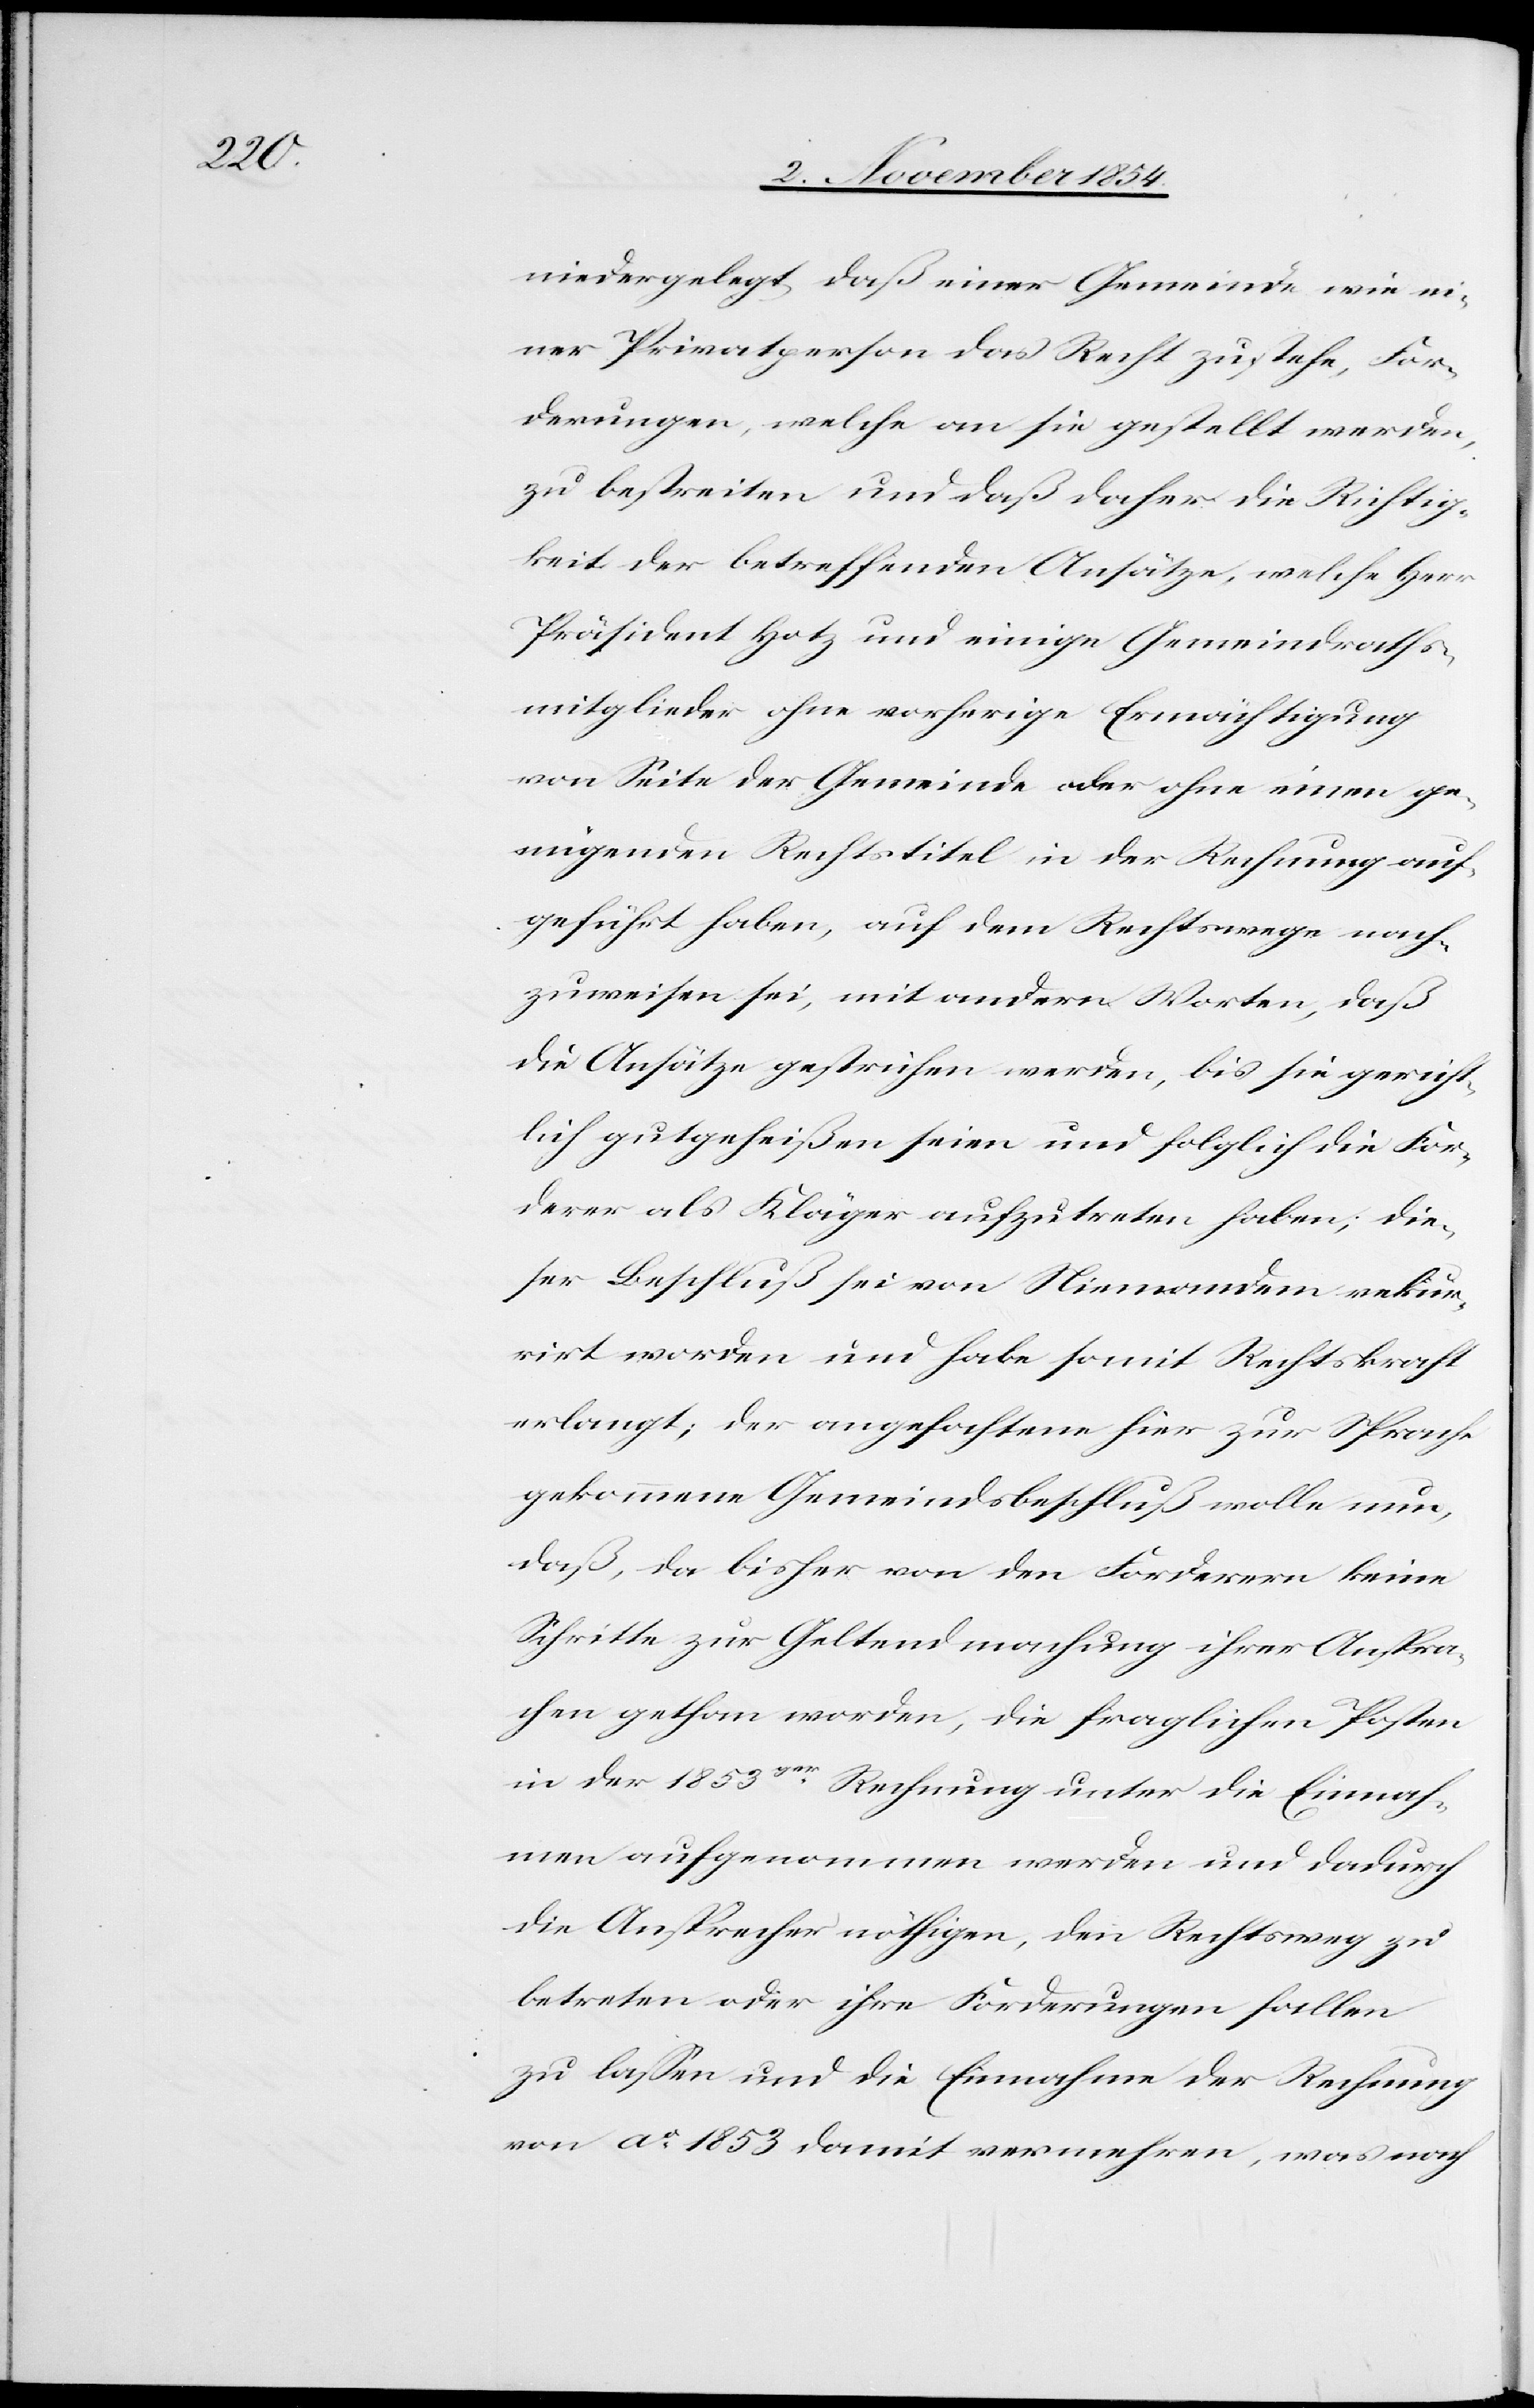
niedergelegt, daß einer Gemeinde wie ei¬
ner Privatperson das Recht zustehe, For¬
derungen, welche an sie gestellt werde,
zu bestreiten und daß daher die Richtig¬
keit der betreffenden Ansätze, welche Herr
Präsident Hotz und einige Gemeindraths¬
mitglieder ohne vorherige Ermächtigung
von Seite der Gemeinde oder ohne einen ge¬
nügenden Rechtstitel in der Rechnung auf¬
geführt haben, auf dem Rechtswege nach¬
zuweisen sei, mit andern Worten, daß
die Ansätze gestrichen werden, bis sie gericht¬
lich gutgeheißen seien und folglich die For¬
derer als Kläger aufzutreten haben; die¬
ser Beschluß sei von Niemandem rekur¬
rirt worden und habe somit Rechtskraft
erlangt; der angefochtene hier zur Sprache
gekommene Gemeindsbeschluß wolle nun,
daß, da bisher von den Forderern keine
Schritte zur Geltendmachung ihrer Anspra¬
chen gethan worden, die fraglichen Posten
in der 1853ger Rechnung unter die Einnah¬
men aufgenommen werden und dadurch
die Ansprecher nöthigen, den Rechtsweg zu
betreten oder ihre Forderungen fallen
zu laßen und die Einnahme der Rechnung
von Ao 1853 damit vermehren, was nach